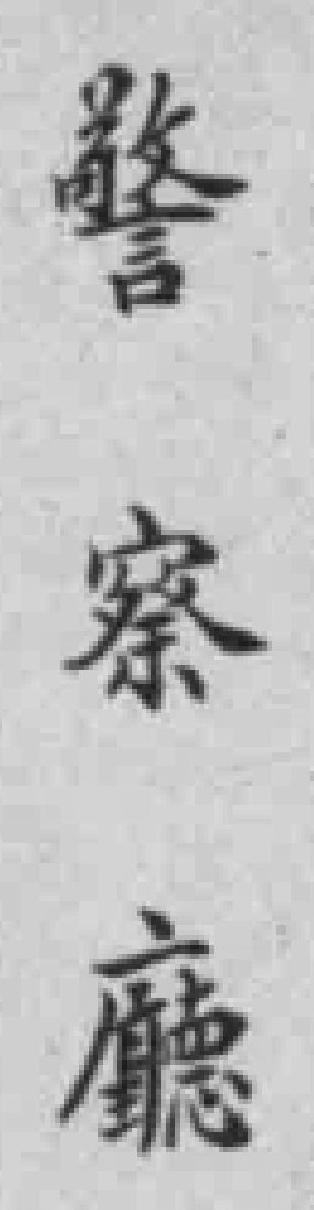
警察廳